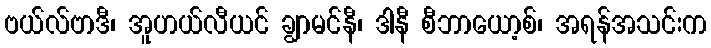
ဗယ်လ်ဗာဒီ၊ အူဟယ်လီယင် ချွာမင်နီ၊ ဒါနီ စီဘာယော့စ်၊ အရန်အသင်းက